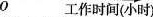
o工作时间(小时)